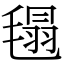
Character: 㲩